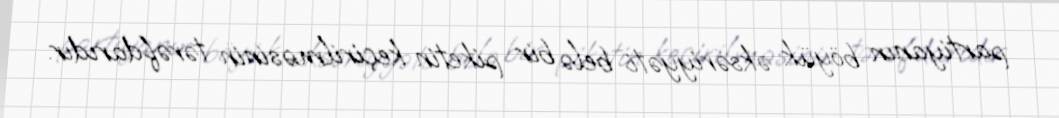
partiyanın böyük əksəriyyəti belə bir piketin keçirilməsinin tərəfdarıdır.